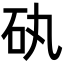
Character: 𥐠